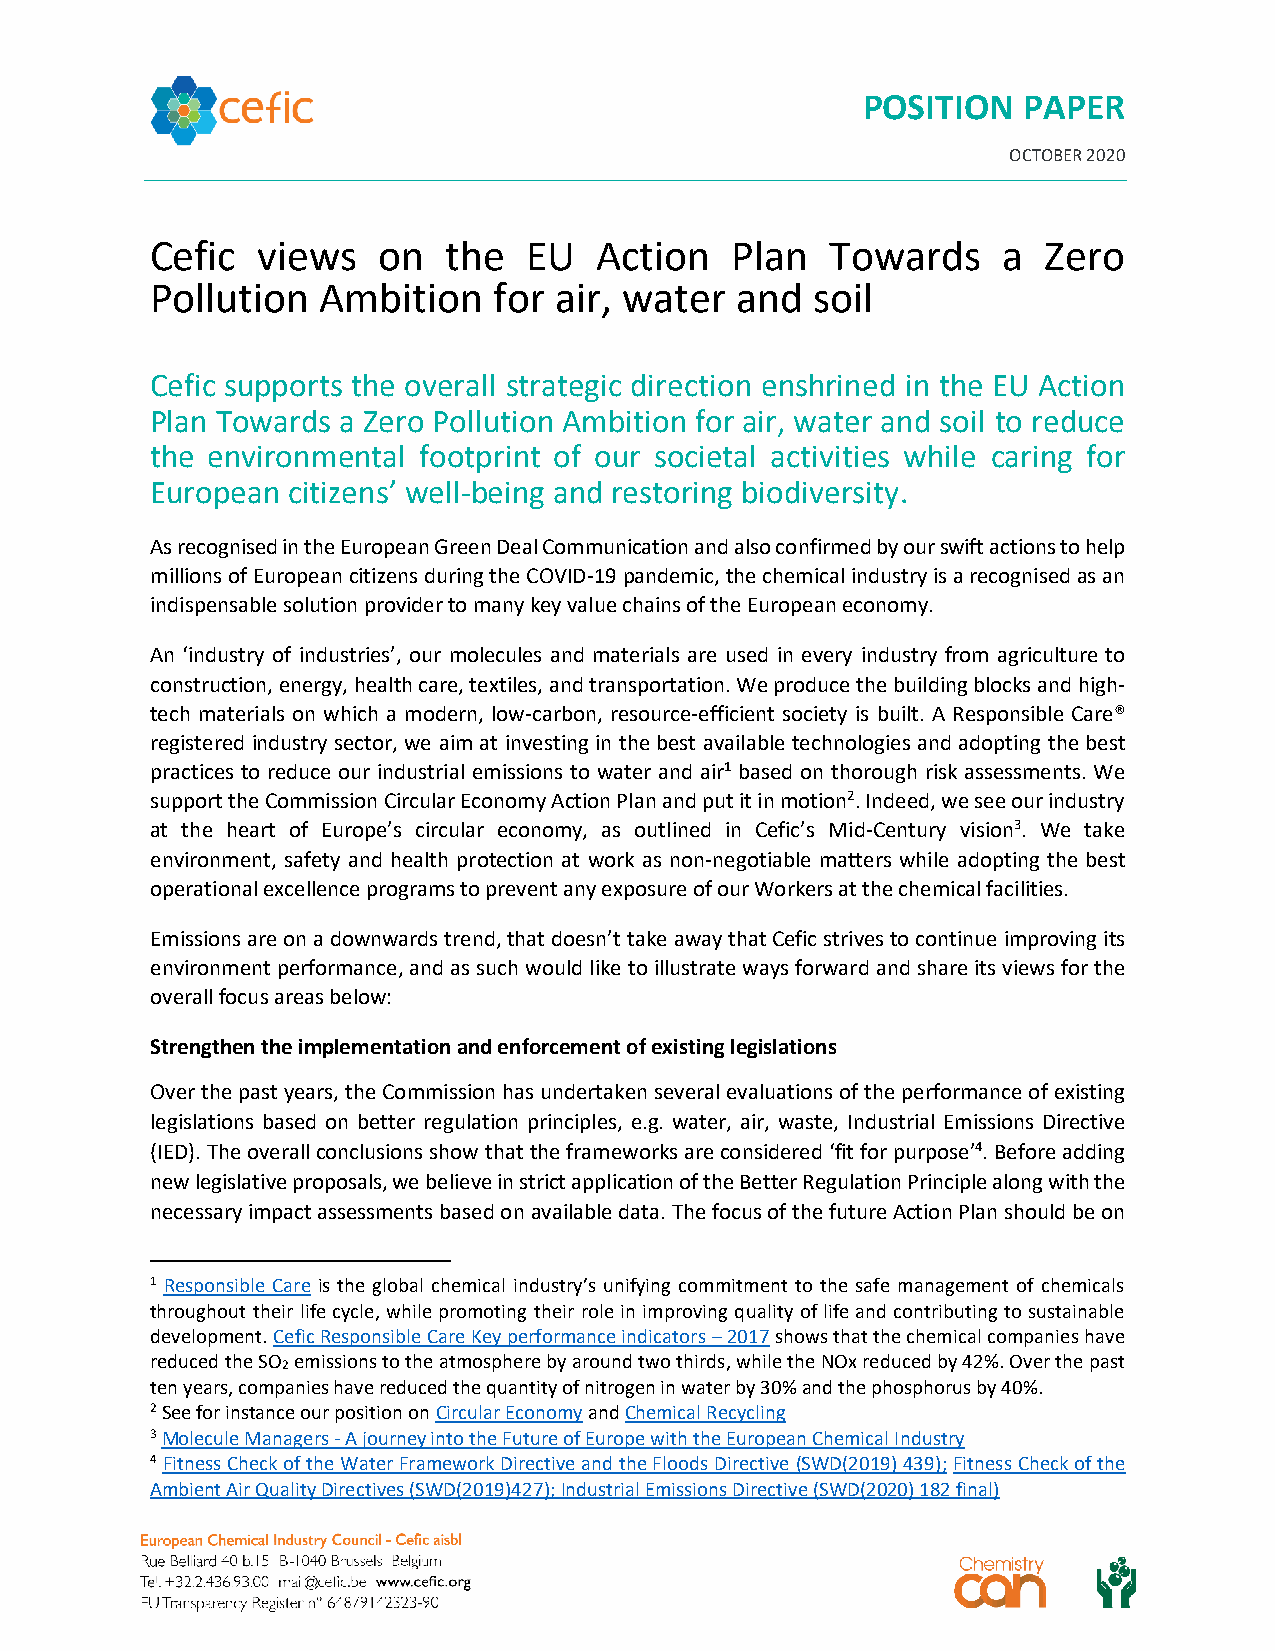
POSITION   PAPER
 OCTOBER 2020
 Cefic  views   on   the  EU  Action   Plan   Towards    a  Zero
 Pollution  Ambition    for air, water  and  soil
 Cefic supports the overall strategic direction enshrined in the EU Action
 Plan Towards a Zero Pollution Ambition for air, water and soil to reduce
 the environmental footprint of our societal activities while caring for
 European citizens’ well-being and restoring biodiversity.
 As recognised in the European Green Deal Communication and also confirmed by our swift actions to help
 millions of European citizens during the COVID-19 pandemic, the chemical industry is a recognised as an
 indispensable solution provider to many key value chains of the European economy.
 An ‘industry of industries’, our molecules and materials are used in every industry from agriculture to
 construction, energy, health care, textiles, and transportation. We produce the building blocks and high-
 tech materials on which a modern, low-carbon, resource-efficient society is built. A Responsible Care®
 registered industry sector, we aim at investing in the best available technologies and adopting the best
 practices to reduce our industrial emissions to water and air1 based on thorough risk assessments. We
 support the Commission Circular Economy Action Plan and put it in motion2. Indeed, we see our industry
 at the heart of Europe’s circular economy, as outlined in Cefic’s Mid-Century vision3. We take
 environment, safety and health protection at work as non-negotiable matters while adopting the best
 operational excellence programs to prevent any exposure of our Workers at the chemical facilities.
 Emissions are on a downwards trend, that doesn’t take away that Cefic strives to continue improving its
 environment performance, and as such would like to illustrate ways forward and share its views for the
 overall focus areas below:
 Strengthen the implementation and enforcement of existing legislations
 Over the past years, the Commission has undertaken several evaluations of the performance of existing
 legislations based on better regulation principles, e.g. water, air, waste, Industrial Emissions Directive
 (IED). The overall conclusions show that the frameworks are considered ‘fit for purpose’4. Before adding
 new legislative proposals, we believe in strict application of the Better Regulation Principle along with the
 necessary impact assessments based on available data. The focus of the future Action Plan should be on
 1 Responsible Care is the global chemical industry’s unifying commitment to the safe management of chemicals
 throughout their life cycle, while promoting their role in improving quality of life and contributing to sustainable
 development. Cefic Responsible Care Key performance indicators – 2017 shows that the chemical companies have
 reduced the SO emissions to the atmosphere by around two thirds, while the NOx reduced by 42%. Over the past
 2
 ten years, companies have reduced the quantity of nitrogen in water by 30% and the phosphorus by 40%.
 2 See for instance our position on Circular Economy and Chemical Recycling
 3 Molecule Managers - A journey into the Future of Europe with the European Chemical Industry
 4 Fitness Check of the Water Framework Directive and the Floods Directive (SWD(2019) 439); Fitness Check of the
 Ambient Air Quality Directives (SWD(2019)427); Industrial Emissions Directive (SWD(2020) 182 final)